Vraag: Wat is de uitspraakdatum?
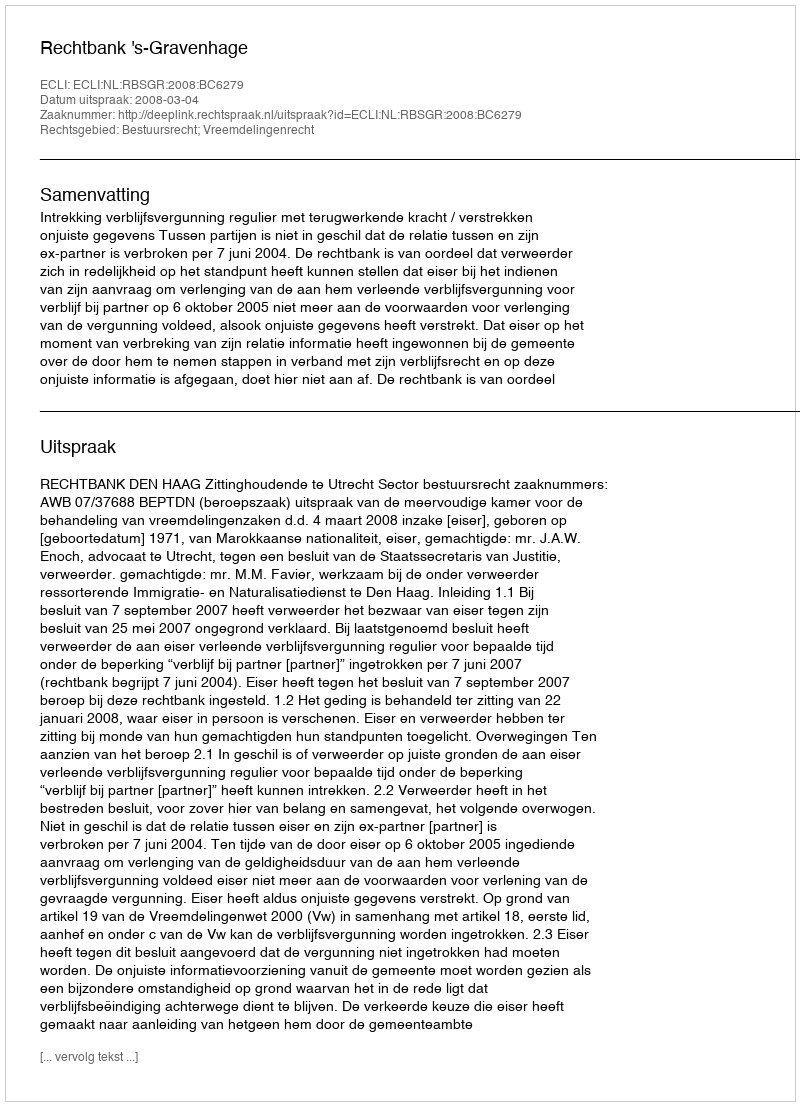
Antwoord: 2008-03-04